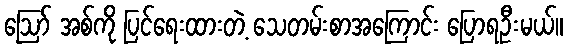
ဪ အစ်ကို ပြင်ရေးထားတဲ့ သေတမ်းစာအကြောင်း ပြောရဦးမယ်။